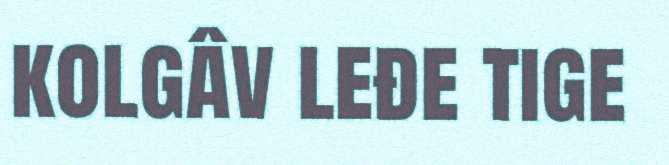
kolgâv leđe tige